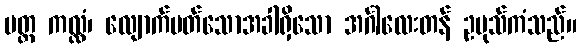
ပတ္တ ကလ္လံ၊ လျောက်ပတ်သောအခါရှိသော အင်္ဂါလေးတန် ဥပုသ်ကံသည်။